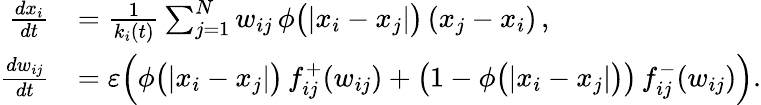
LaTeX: \begin{array}{rl}{\frac{dx_{i}}{dt}}&{=\frac{1}{k_{i}(t)}\sum_{j=1}^{N}w_{ij}\, \phi\big(|x_{i}-x_{j}|\big)\, (x_{j}-x_{i})\, ,}\\ {\frac{dw_{ij}}{dt}}&{=\varepsilon\Big(\phi\big(|x_{i}-x_{j}|\big)\, f_{ij}^{+}(w_{ij})+\big(1-\phi\big(|x_{i}-x_{j}|\big)\big)\, f_{ij}^{-}(w_{ij})\Big).}\end{array}